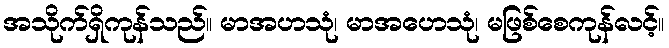
အသိုက်ရှိကုန်သည်။ မာအဟသုံ၊ မာအဟေသုံ၊ မဖြစ်စေကုန်လင့်။